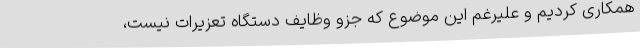
همکاری کردیم و علیرغم این موضوع که جزو وظایف دستگاه تعزیرات نیست،